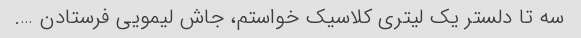
سه تا دلستر یک لیتری کلاسیک خواستم، جاش لیمویی فرستادن ….